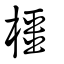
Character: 橿